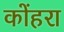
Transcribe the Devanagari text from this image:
कोंहरा